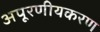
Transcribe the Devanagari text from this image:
अपूरणीयकरण